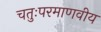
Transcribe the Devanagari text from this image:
चतुःपरमाणवीय